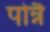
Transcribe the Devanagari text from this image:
पोन्नै